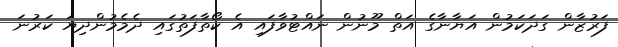
ފަރުޒާން ގަދަކަމުން އަޔާނާގެ އަތް މޫނުން ނައްޓުވާފައި އެ ކޯތާފަތުގައި ދެމެމުންދިޔަ ކަރުނަ